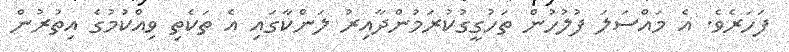
ފަހަރެވެ. އެ މައްސަލަ ފުލުހުން ތަހުގީގުކުރަމުންދާއިރު ލަންކާގައި އެ ތަކެތި ވިއްކުމުގެ އިތުރުން